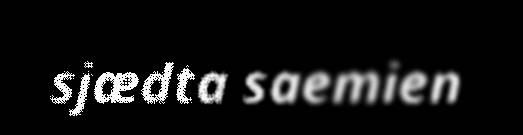
sjædta saemien